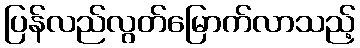
ပြန်လည်လွတ်မြောက်လာသည့်